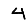
Digit: 4